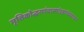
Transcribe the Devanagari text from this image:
मृत्तिकोद्धरणंचास्थांग्रहणंचयथाक्रमं